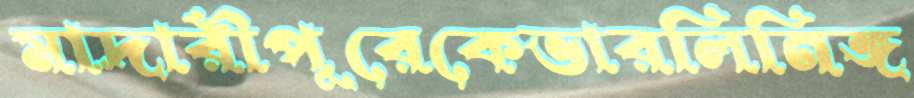
মাদারীপুরেকেভারলিনিঙ্গ